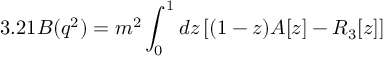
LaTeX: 3 . 2 1 { \cal B } ( q ^ { 2 } ) = m ^ { 2 } \int _ { 0 } ^ { 1 } d z \left[ ( 1 - z ) A [ z ] - R _ { 3 } [ z ] \right]